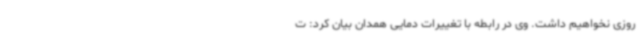
روزی نخواهیم داشت. وی در رابطه با تغییرات دمایی همدان بیان کرد: ت